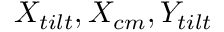
X _ { t i l t } , X _ { c m } , Y _ { t i l t }